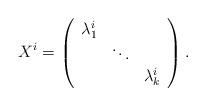
LaTeX: \begin{align*}X^i = \left( \begin{array}{ccc} \lambda_1^i & & \\ & \ddots & \\ & & \lambda_k^i \end{array} \right).\end{align*}